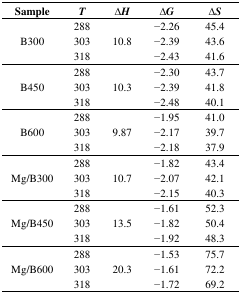
<table><thead><tr><td><b>Sample</b></td><td><b><i>T</i></b></td><td><b><i>∆H</i></b></td><td><b><i>∆G</i></b></td><td><b><i>∆S</i></b></td></tr></thead><tbody><tr><td rowspan="3">B300</td><td>288</td><td rowspan="3">10.8</td><td>−2.26</td><td>45.4</td></tr><tr><td>303</td><td>−2.39</td><td>43.6</td></tr><tr><td>318</td><td>−2.43</td><td>41.6</td></tr><tr><td rowspan="3">B450</td><td>288</td><td rowspan="3">10.3</td><td>−2.30</td><td>43.7</td></tr><tr><td>303</td><td>−2.39</td><td>41.8</td></tr><tr><td>318</td><td>−2.48</td><td>40.1</td></tr><tr><td rowspan="3">B600</td><td>288</td><td rowspan="3">9.87</td><td>−1.95</td><td>41.0</td></tr><tr><td>303</td><td>−2.17</td><td>39.7</td></tr><tr><td>318</td><td>−2.18</td><td>37.9</td></tr><tr><td rowspan="3">Mg/B300</td><td>288</td><td rowspan="3">10.7</td><td>−1.82</td><td>43.4</td></tr><tr><td>303</td><td>−2.07</td><td>42.1</td></tr><tr><td>318</td><td>−2.15</td><td>40.3</td></tr><tr><td rowspan="3">Mg/B450</td><td>288</td><td rowspan="3">13.5</td><td>−1.61</td><td>52.3</td></tr><tr><td>303</td><td>−1.82</td><td>50.4</td></tr><tr><td>318</td><td>−1.92</td><td>48.3</td></tr><tr><td rowspan="3">Mg/B600</td><td>288</td><td rowspan="3">20.3</td><td>−1.53</td><td>75.7</td></tr><tr><td>303</td><td>−1.61</td><td>72.2</td></tr><tr><td>318</td><td>−1.72</td><td>69.2</td></tr></tbody></table>